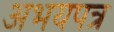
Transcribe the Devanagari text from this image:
अभयपत्र